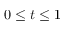
0 \le t \le 1